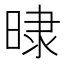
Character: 𣇨